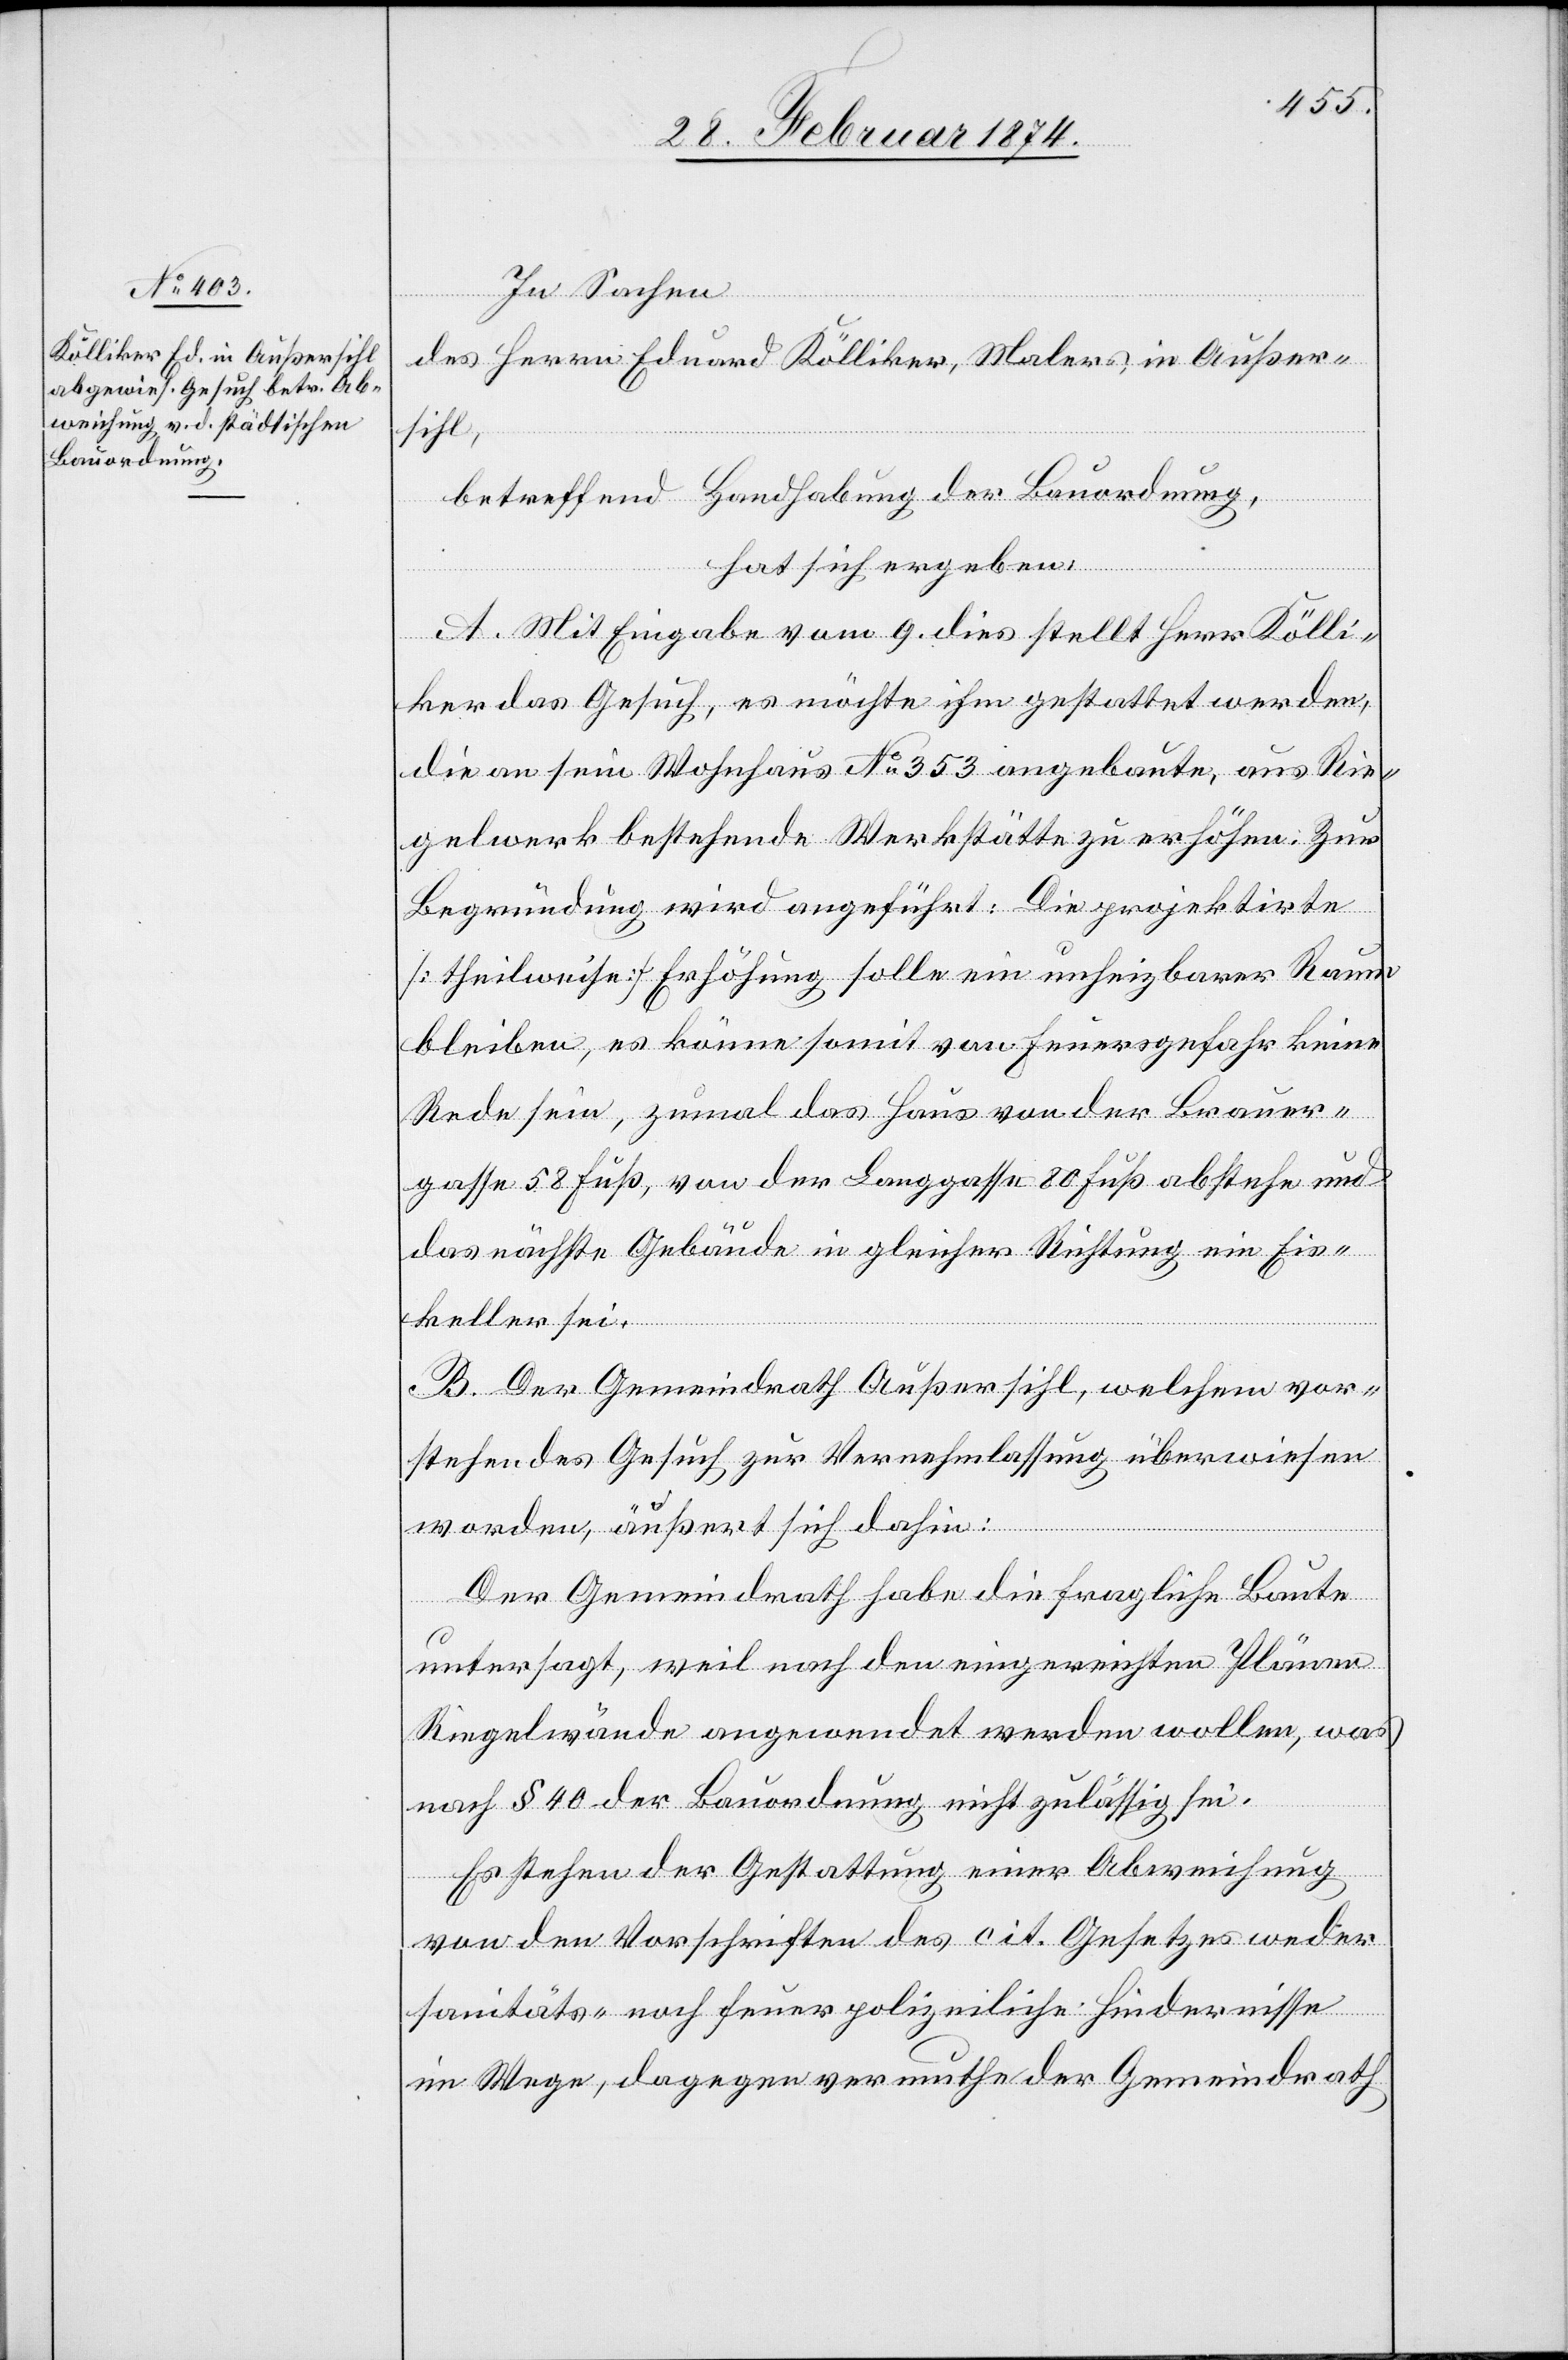
In Sachen
des Herrn Eduard Kölliker, Malers in Außer¬
sihl,
betreffend Handhabung der Bauordnung,
hat sich ergeben,
A. Mit Eingabe vom 9. dies stellt Herr Kölli¬
ker das Gesuch, es möchte ihm gestattet werden,
die an sein Wohnhaus No 353 angebaute, aus Rie¬
gelwerk bestehende Werkstätte zu erhöhen. Zur
Begründung wird angeführt: Die projektirte
[theilweise] Erhöhung solle ein unheizbarer Raum
bleiben, es könne somit von Feuersgefahr keine
Rede sein, zumal das Haus von der Brauer¬
gasse 58 Fuß, von der Langgasse 80 Fuß abstehe und
das nächste Gebäude in gleicher Richtung ein Eis¬
keller sei.
B. Der Gemeindrath Außersihl, welchem vor¬
stehendes Gesuch zur Vernehmlassung überwiesen
worden, äußert sich dahin:
Der Gemeindrath habe die fragliche Baute
untersagt, weil nach den eingereichten Plänen
Riegelwände angewendet werden wollen, was
nach § 40 der Bauordnung nicht zulässig sei.
Es stehen der Gestattung einer Abweichung
von den Vorschriften des cit. Gesetzes weder
sanitäts- noch feuerpolizeiliche Hindernisse
im Wege, dagegen vermuthe der Gemeindrath